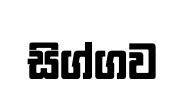
සිග්ගව